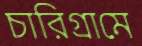
চারিগ্রামে